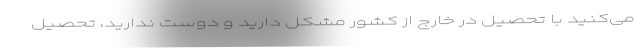
می‌کنید با تحصیل در خارج از کشور مشکل دارید و دوست ندارید، تحصیل